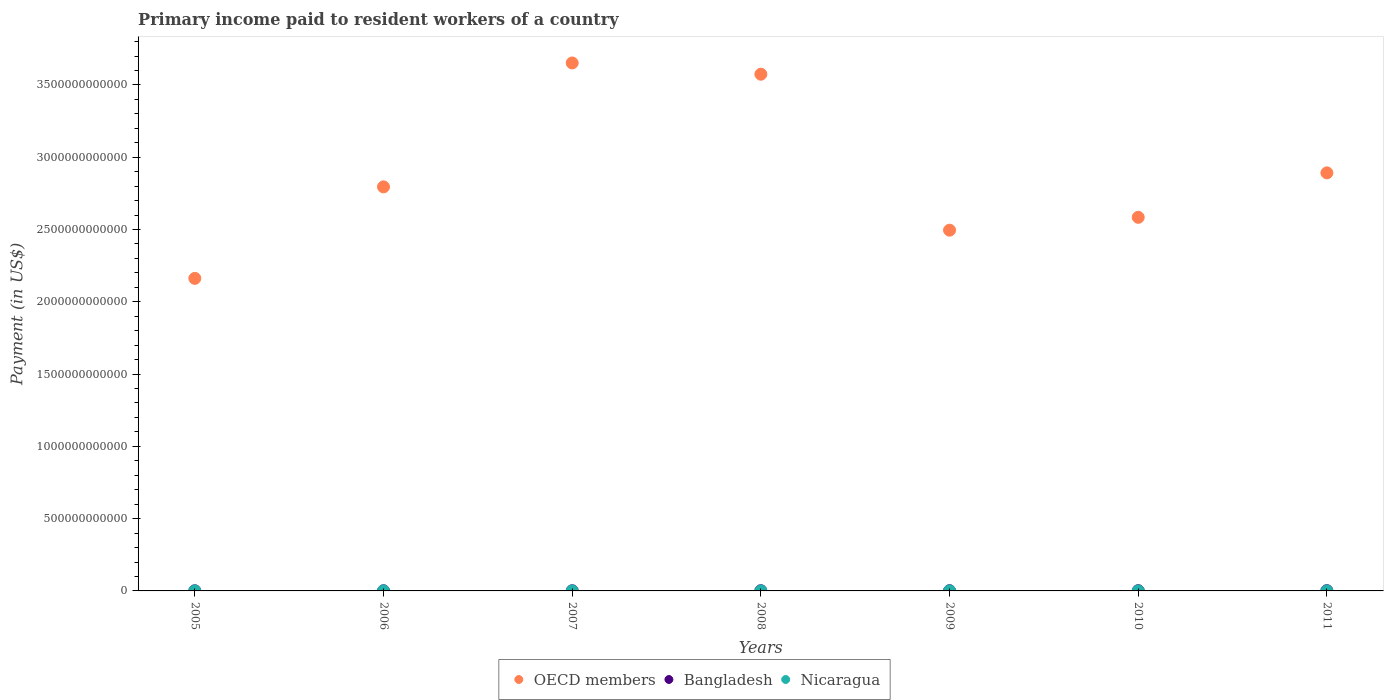
| Years | OECD members | Bangladesh | Nicaragua |
 | --- | --- | --- | --- |
 | 2005 | 2.16e+12 | 9.14e+08 | 2.22e+08 |
 | 2006 | 2.79e+12 | 1.03e+09 | 2.62e+08 |
 | 2007 | 3.65e+12 | 1.15e+09 | 2.61e+08 |
 | 2008 | 3.57e+12 | 1.39e+09 | 2.64e+08 |
 | 2009 | 2.5e+12 | 1.44e+09 | 2.7e+08 |
 | 2010 | 2.58e+12 | 1.62e+09 | 2.57e+08 |
 | 2011 | 2.89e+12 | 1.67e+09 | 2.71e+08 |